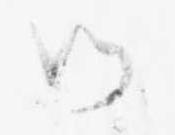
候